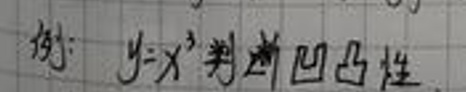
例：$y = x^{3}$判断凹凸性.